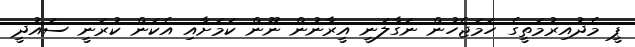
ޕީ މެދުއިރުމަތީގެ ހަމަޖެހުން ނަގާލަނީ އީރާނުން ނޫން ކަމަށާއި އެކަން ކުރަނީ ސައުދީ